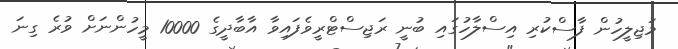
މަޖިލީހުން ފާސްކުރި އިސްލާހުގައި ބުނީ ރަޖިސްޓްރީވެފައިވާ އާބާދީގެ 10000 މީހުންނަށް ވުރެ ގިނަ